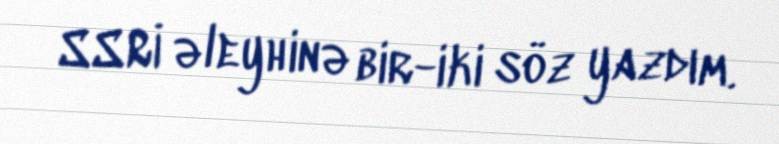
SSRİ əleyhinə bir-iki söz yazdım.